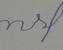
Signature authenticity: forged